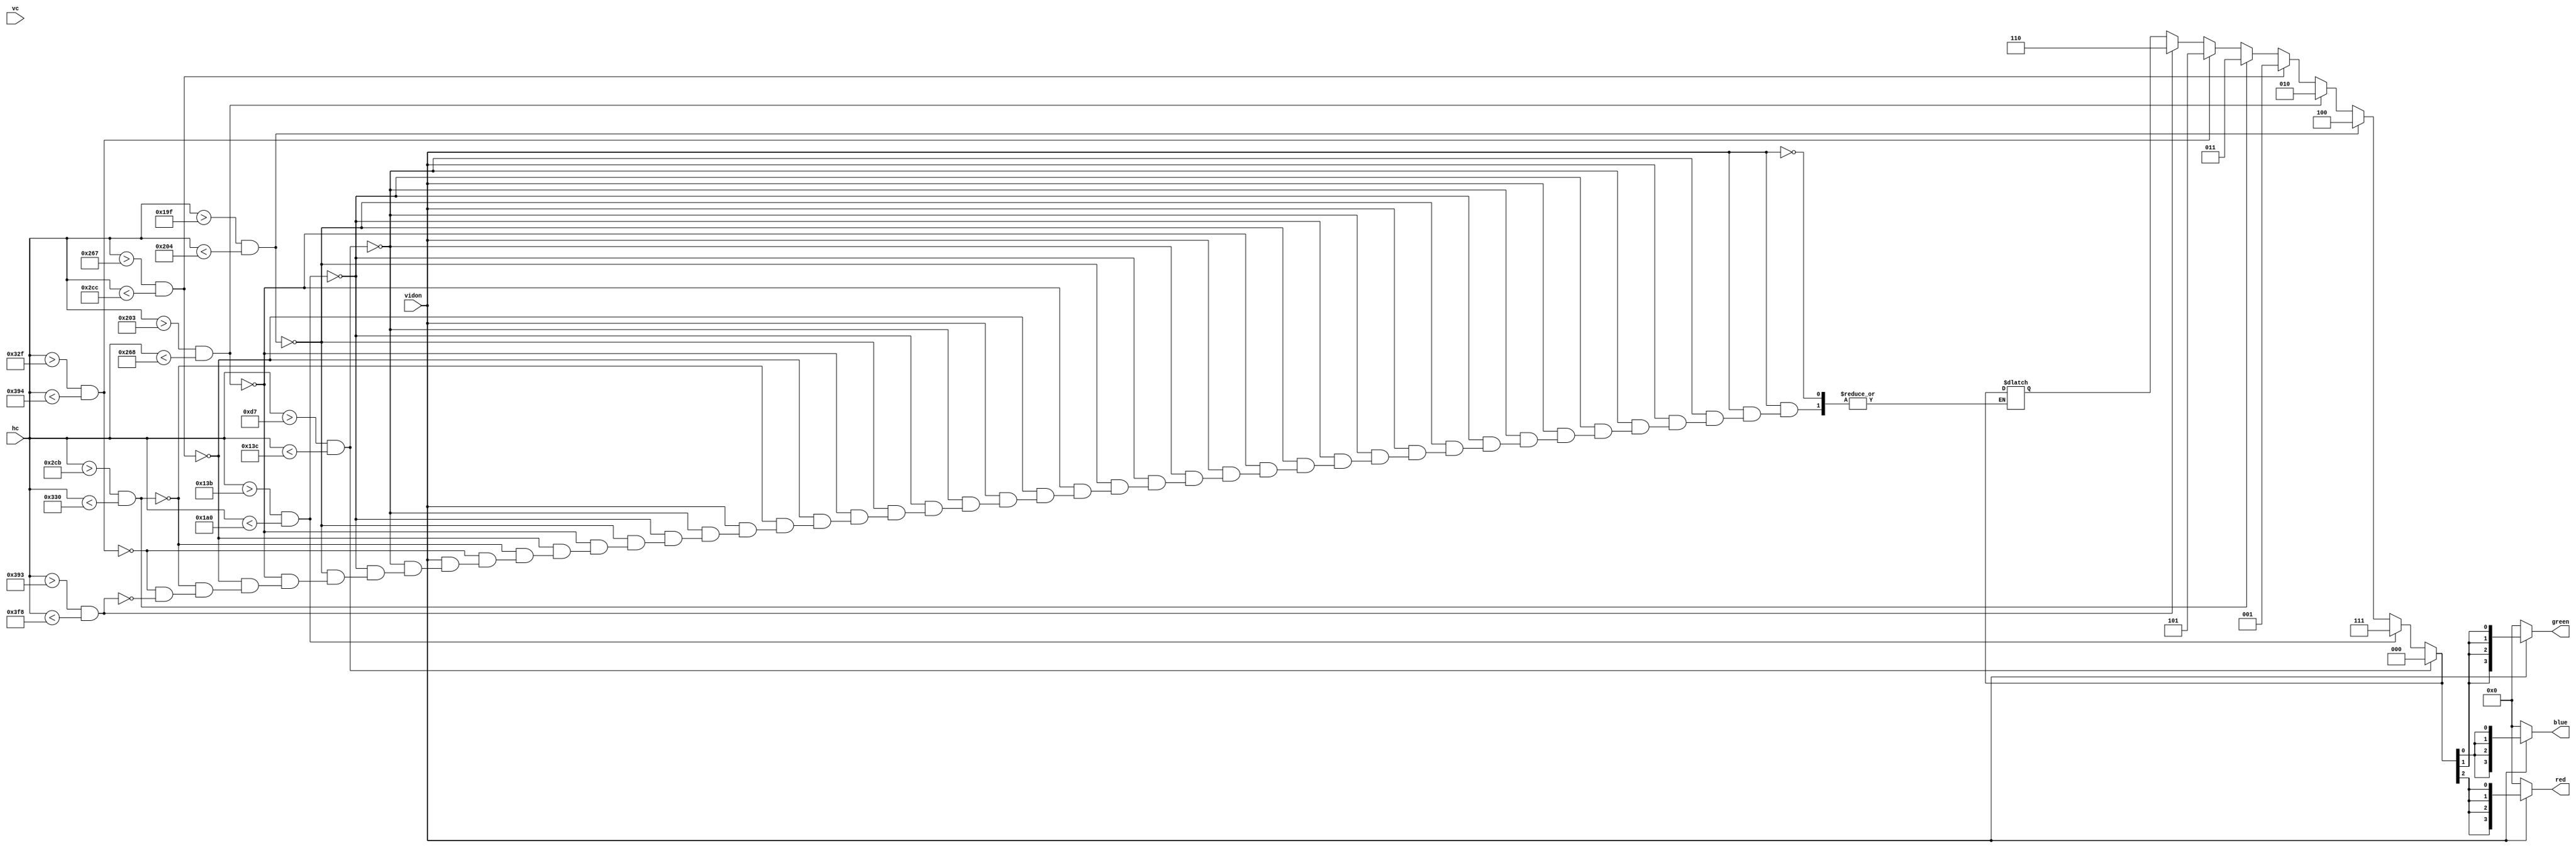
module VGA_stripes_v2(input wire vidon,
                      input wire [10:0] hc,
                      vc,
                      output reg [3:0] red,
                      green,
                      output reg [3:0] blue);
    
    reg [2:0] RGB = 3'b000; // 0-7
    
    always @(*) begin
        red = 0;
        green = 0;
        blue = 0;

        if (vidon == 1) begin
            if (hc > 215 && hc < 316) RGB       = 3'b000;
            else if (hc > 315 && hc < 416) RGB  = 3'b111;
            else if (hc > 415 && hc < 516) RGB  = 3'b100;
            else if (hc > 515 && hc < 616) RGB  = 3'b010;
            else if (hc > 615 && hc < 716) RGB  = 3'b001;
            else if (hc > 715 && hc < 816) RGB  = 3'b011;
            else if (hc > 815 && hc < 916) RGB  = 3'b101;
            else if (hc > 915 && hc < 1016) RGB = 3'b110;
            
            red   = {RGB[2],RGB[2],RGB[2],RGB[2]};
            green = {RGB[1],RGB[1],RGB[1],RGB[1]};
            blue  = {RGB[0],RGB[0],RGB[0],RGB[0]};
        end
    end
    
endmodule // VGA_stripes_v2